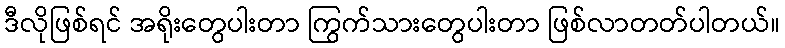
ဒီလိုဖြစ်ရင် အရိုးတွေပါးတာ ကြွက်သားတွေပါးတာ ဖြစ်လာတတ်ပါတယ်။